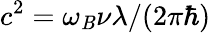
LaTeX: c^{2}=\omega_{\mathit{B}}\nu\lambda/(2\pi\hbar)